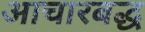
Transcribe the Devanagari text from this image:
आचारबद्ध